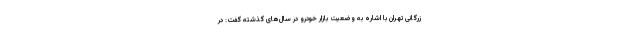
زرگانی تهران با اشاره به وضعیت بازار خودرو در سال‌های گذشته گفت: در